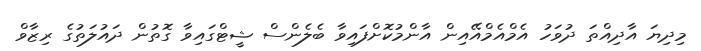
މިދިޔަ އާދިއްތަ ދުވަހު އެމްއެމްއޭއިން އާންމުކޮށްފައިވާ ބެލެންސް ޝީޓްގައިވާ ގޮތުން ދައުލަތުގެ ރިޒާވް